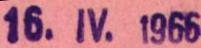
16. IV. 1966